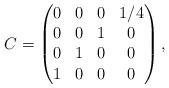
LaTeX: \begin{align*}C=\left(\begin{matrix}0&0&0&1/4\cr0&0&1&0\cr0&1&0&0\cr1&0&0&0 \end{matrix}\right),\end{align*}